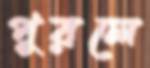
পুরলে